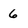
Character: 6